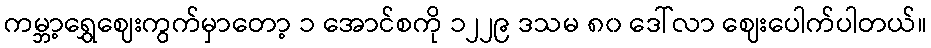
ကမ္ဘာ့ရွှေဈေးကွက်မှာတော့ ၁ အောင်စကို ၁၂၂၉ ဒသမ ၈၀ ဒေါ်လာ ဈေးပေါက်ပါတယ်။